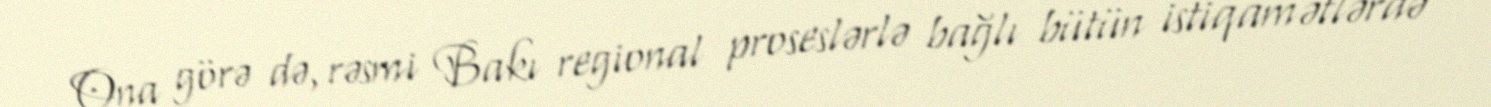
Ona görə də, rəsmi Bakı regional proseslərlə bağlı bütün istiqamətlərdə